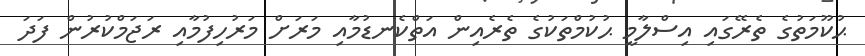
ޙުކޫމަތުގެ ތެރޭގައި އިސްލާމީ ޙުކުމްތަކުގެ ތެރެއިން އަތްކެނޑުމާއި މަރަށް މަރުހިފުމާއި ރަޖަމްކުރުން ފަދަ